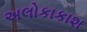
અલોકાકાશ